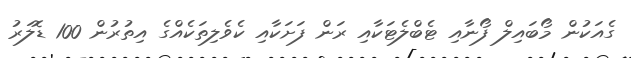
ގެއަކުން މޯބައިލް ފޯނާއި ޓެބްލެޓަކާއި ރަން ފަށަކާއި ކެވެލިތަކެއްގެ އިތުރުން 100 ޑޮލަރު